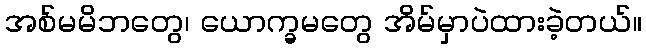
အစ်မမိဘတွေ၊ ယောက္ခမတွေ အိမ်မှာပဲထားခဲ့တယ်။